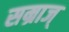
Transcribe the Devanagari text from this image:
सम्राज्